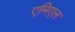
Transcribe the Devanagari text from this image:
एमिएल